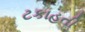
ટકાહતી